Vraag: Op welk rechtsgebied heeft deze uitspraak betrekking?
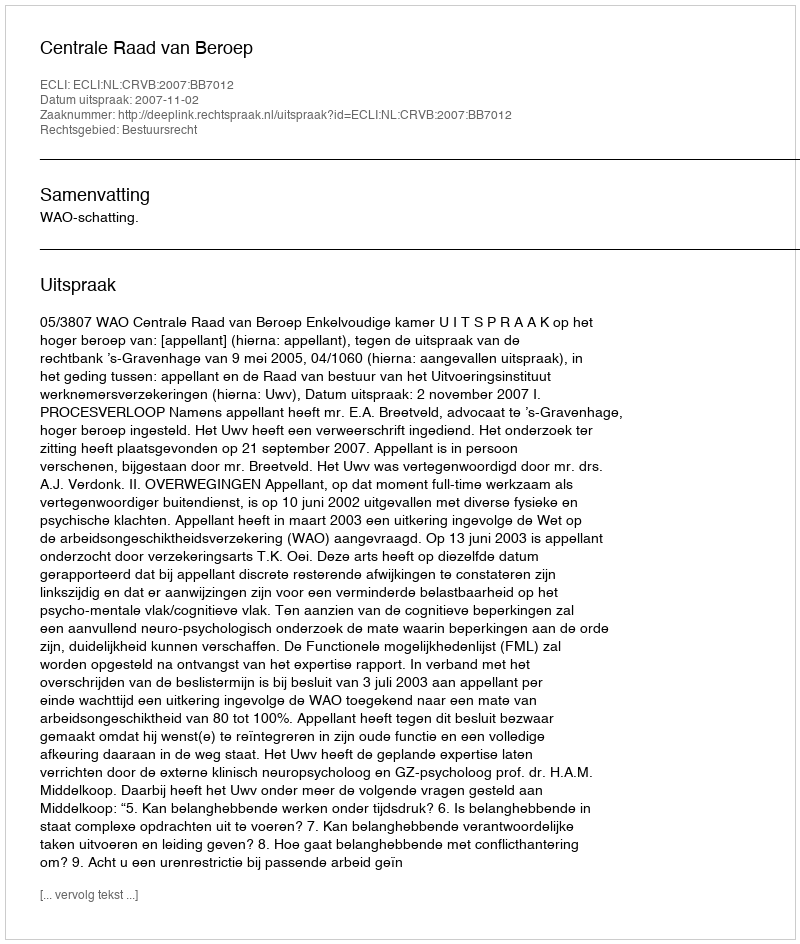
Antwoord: Bestuursrecht